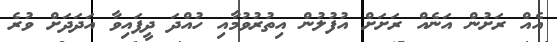
އެއް ރަށުން އަނެއް ރަށަށް އުފުލުން އިތުރުވުމާއި ހުއްދަ ދީފައިވާ އަދަދަށް ވުރެ